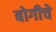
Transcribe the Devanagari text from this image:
बोगीचे